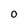
Character: O